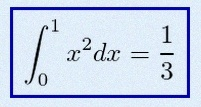
\int_0^1 x^2dx=\frac13